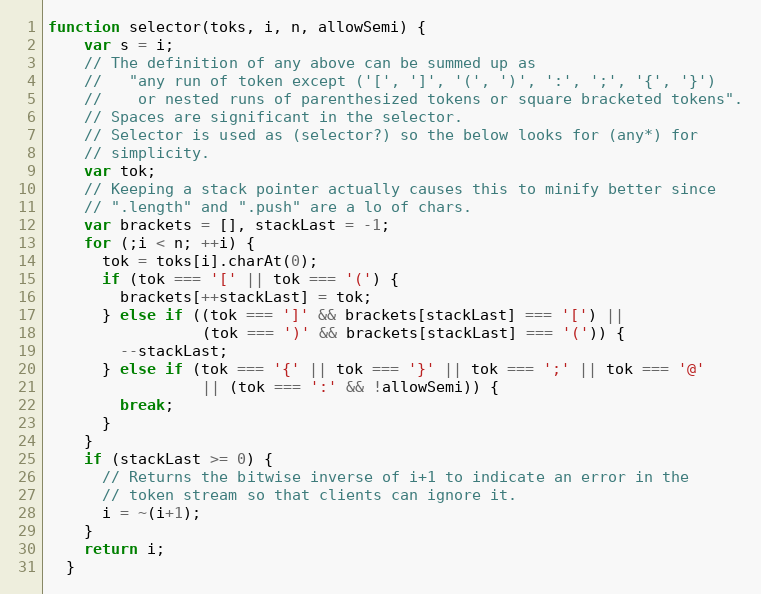
Language: JavaScript
function selector(toks, i, n, allowSemi) {
    var s = i;
    // The definition of any above can be summed up as
    //   "any run of token except ('[', ']', '(', ')', ':', ';', '{', '}')
    //    or nested runs of parenthesized tokens or square bracketed tokens".
    // Spaces are significant in the selector.
    // Selector is used as (selector?) so the below looks for (any*) for
    // simplicity.
    var tok;
    // Keeping a stack pointer actually causes this to minify better since
    // ".length" and ".push" are a lo of chars.
    var brackets = [], stackLast = -1;
    for (;i < n; ++i) {
      tok = toks[i].charAt(0);
      if (tok === '[' || tok === '(') {
        brackets[++stackLast] = tok;
      } else if ((tok === ']' && brackets[stackLast] === '[') ||
                 (tok === ')' && brackets[stackLast] === '(')) {
        --stackLast;
      } else if (tok === '{' || tok === '}' || tok === ';' || tok === '@'
                 || (tok === ':' && !allowSemi)) {
        break;
      }
    }
    if (stackLast >= 0) {
      // Returns the bitwise inverse of i+1 to indicate an error in the
      // token stream so that clients can ignore it.
      i = ~(i+1);
    }
    return i;
  }